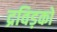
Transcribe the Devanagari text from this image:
द्रविड़को